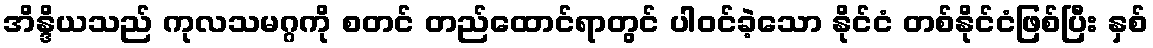
အိန္ဒိယသည် ကုလသမဂ္ဂကို စတင် တည်ထောင်ရာတွင် ပါဝင်ခဲ့သော နိုင်ငံ တစ်နိုင်ငံဖြစ်ပြီး နှစ်